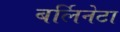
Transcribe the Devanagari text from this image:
बर्लिनेटा